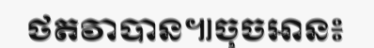
ថតវាបាន៕ចុចអាន៖